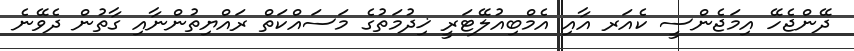
ދޭންޖެހޭ އިމަޖެންސީ ކެއަރ އާއި އެމްބިއުލޭޓަރީ ޚިދުމަތުގެ މަސައްކަތް ރައްޔިތުންނާއި ގާތުން ދެވޭނެ